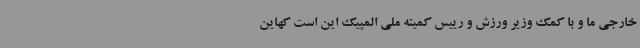
خارجی ما و با کمک وزیر ورزش و رییس کمیته ملی المپیک این است کهاین